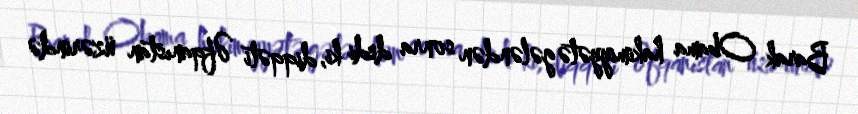
Barak Obama hakimiyyətə gələndən sonra dedi ki, diqqəti Əfqanıstan üzərində